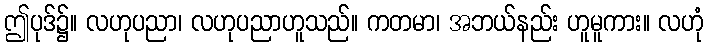
ဤပုဒ်၌။ လဟုပညာ၊ လဟုပညာဟူသည်။ ကတမာ၊ အဘယ်နည်း ဟူမူကား။ လဟုံ